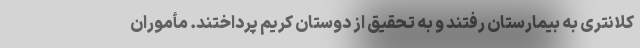
کلانتری به بیمارستان رفتند و به تحقیق از دوستان کریم پرداختند. مأموران